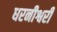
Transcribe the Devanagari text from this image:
धरनीश्वरी